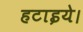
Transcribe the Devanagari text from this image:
हटाइये।